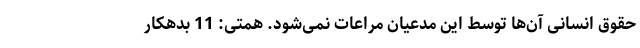
حقوق انسانی آن‌ها توسط این مدعیان مراعات نمی‌شود. همتی: 11 بدهکار